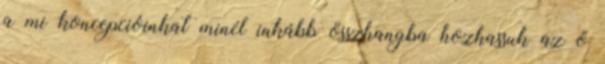
a mi koncepcióinkat minél inkább összhangba hozhassuk az ő